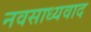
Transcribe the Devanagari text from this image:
नवसाध्यवाद